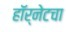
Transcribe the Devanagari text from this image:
हॉर्नेटचा